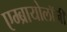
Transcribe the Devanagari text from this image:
एम्ब्रायोलाॅजी